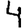
Digit: 4